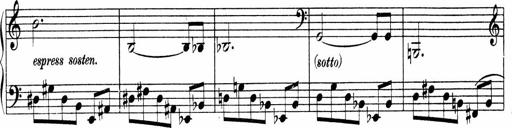
Title: Sonatina No.4
Composer: Abram Kimmell
Key: E minor